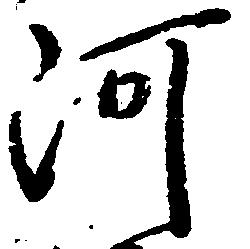
河